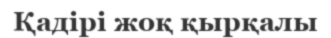
Қадірі жоқ қырқалы